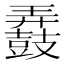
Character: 𲎚